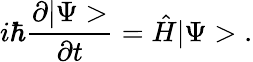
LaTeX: i\hbar\frac{\partial|\Psi>}{\partial t}=\hat{H}|\Psi>\; .